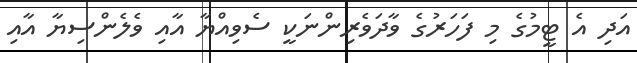
އަދި އެ ޓީމުގެ މި ފަަހަރުގެ ވާދަވެރިންނަކީ ސެވިއްޔާ އާއި ވެލެންސިޔާ އާއި